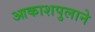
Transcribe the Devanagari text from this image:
आकाशपुलाने